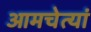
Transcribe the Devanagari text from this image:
आमचेत्यां